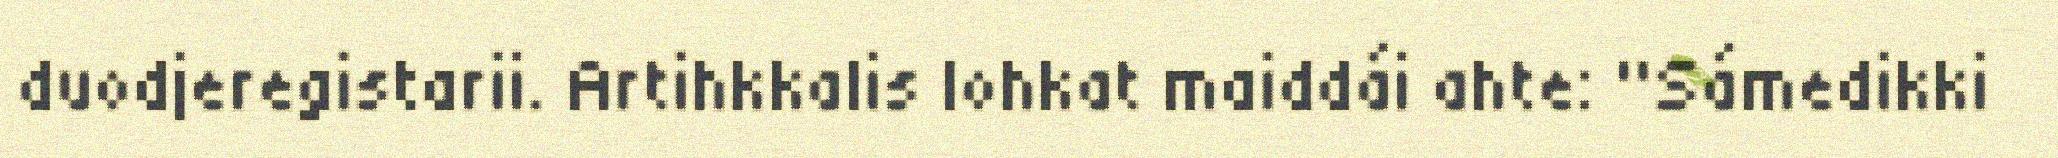
duodjeregistarii. Artihkkalis lohkat maiddái ahte: "Sámedikki